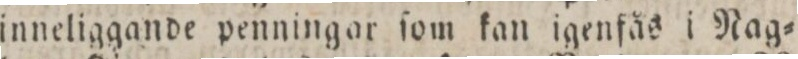
inneliggande penningar ſom kan igenfås i Nag=